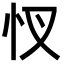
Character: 㣾